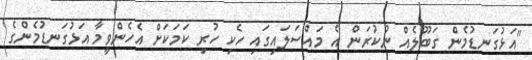
"އަޅުގަނޑުމެން ގަބޫލެއް ނުކުރަން އެ މައްސަލައިގައި ހެކި ހުރި ކަމަކަށް އެހެންވީމާ އަޅުގަނޑުމެންގެ